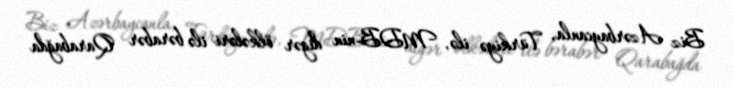
Biz Azərbaycanla, Türkiyə ilə, MDB-nin digər ölkələri ilə bərabər Qarabağda